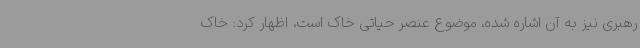
رهبری نیز به آن اشاره شده، موضوع عنصر حیاتی خاک است، اظهار کرد: خاک